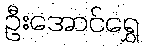
ဦးအောင်ရွှေ